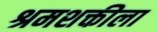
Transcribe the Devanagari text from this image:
श्रमशक्तीला